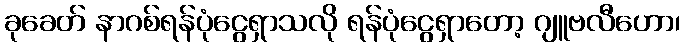
ခုခေတ် နာဂစ်ရန်ပုံငွေရှာသလို ရန်ပုံငွေရှာတော့ ဂျူဗလီဟော၊